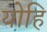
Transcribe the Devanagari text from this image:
योहि